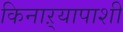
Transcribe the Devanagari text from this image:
किनाऱ्यापाशी